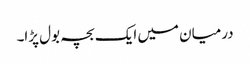
درمیان میں ایک بچہ بول پڑا۔